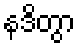
နဒိတွာ